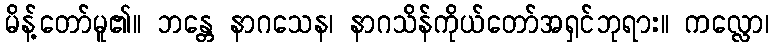
မိန့်တော်မူ၏။ ဘန္တေ နာဂသေန၊ နာဂသိန်ကိုယ်တော်အရှင်ဘုရား။ ကလ္လော၊